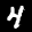
Label: 4